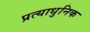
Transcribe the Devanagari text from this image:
प्रत्याधुनिक